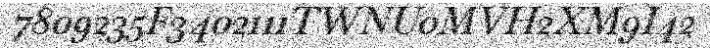
7809235F3402111TWNU0MVH2XM9I42